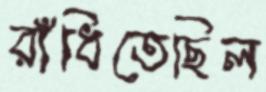
রাঁধিতেছিল